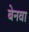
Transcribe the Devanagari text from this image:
बेनवा